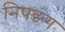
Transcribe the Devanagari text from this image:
निषङग